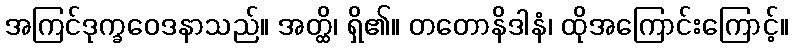
အကြင်ဒုက္ခဝေဒနာသည်။ အတ္ထိ၊ ရှိ၏။ တတောနိဒါနံ၊ ထိုအကြောင်းကြောင့်။